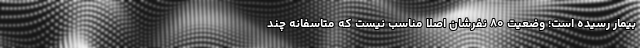
بیمار رسیده است؛ وضعیت ۸۰ نفرشان اصلا مناسب نیست که متاسفانه چند